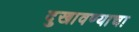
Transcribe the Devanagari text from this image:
दुखावण्याचा